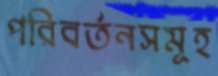
পরিবর্তনসমূহ